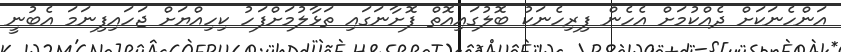
އަންހެނަކަށް ދެއްކުމަށް އެހެން ފިރިހެނަކު ބޮލުގައިއޮތް ފޮށާނަގައި ތަޅާލުމަށްފަހު ކިހިއްޔަށް ޖަހައިފިނަމަ އެބުނީ